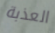
العذبة